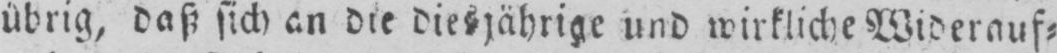
übrig, daß sich an die diesjährige und wirkliche Widerauf⸗